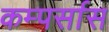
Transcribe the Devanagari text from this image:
कम्पर्सास